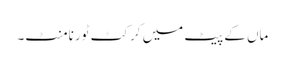
ماں کے پیٹ میں کرکٹ ٹورنامنٹ۔